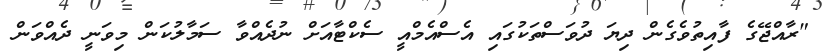
"ރާއްޖޭގެ ފާއިތުވެގެން ދިޔަ ދުވަސްތަކުގައި އެސްއެމްއީ ސެކްޓާއަށް ނުދެއްވާ ސަމާލުކަން މިވަނީ ދެއްވަން